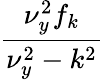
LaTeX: \frac{\nu_{y}^{2}f_{k}}{\nu_{y}^{2}-k^{2}}